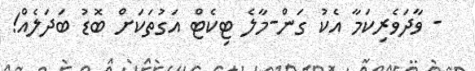
- ވާދަވެރިކަމާ އެކު ގަން-މާލެ ޓިކެޓް އަގުތަކަށް ބޮޑު ބަދަލެއް!